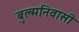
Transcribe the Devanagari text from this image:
बुल्मनिवासी